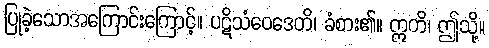
ပြုခဲ့သောအကြောင်းကြောင့်။ ပဋိသံဝေဒေတိ၊ ခံစား၏။ ဣတိ၊ ဤသို့။